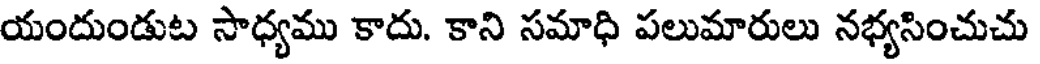
యందుండుట సాధ్యము కాదు. కాని సమాధి పలుమారులు నభ్యసించుచు